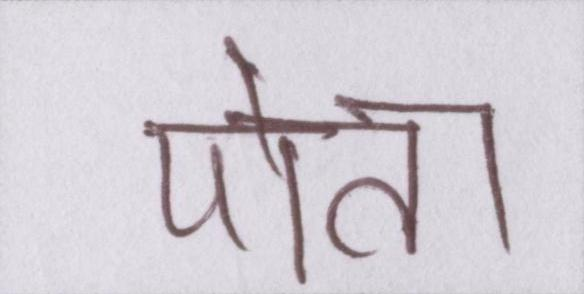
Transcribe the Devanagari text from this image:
पोता